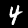
Label: 4